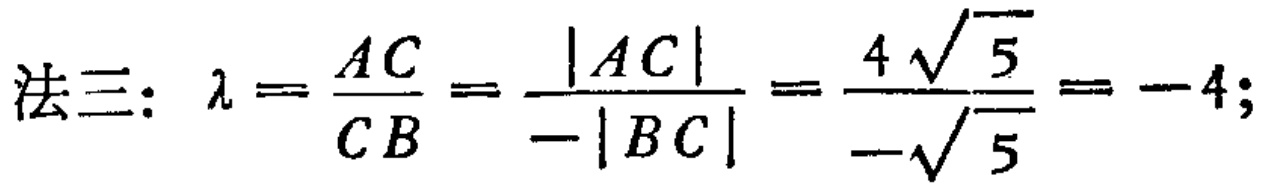
法三：\(\lambda = \frac{AC}{CB} = \frac{|AC|}{-|BC|} = \frac{4\sqrt{5}}{-\sqrt{5}} = -4;\)